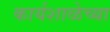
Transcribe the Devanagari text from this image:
कार्यशाळेच्या